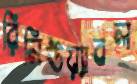
রিনিউয়্যাবল